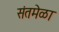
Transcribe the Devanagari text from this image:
संतमेळा